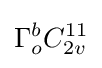
\Gamma _{o}^{b}C_{2v}^{11}